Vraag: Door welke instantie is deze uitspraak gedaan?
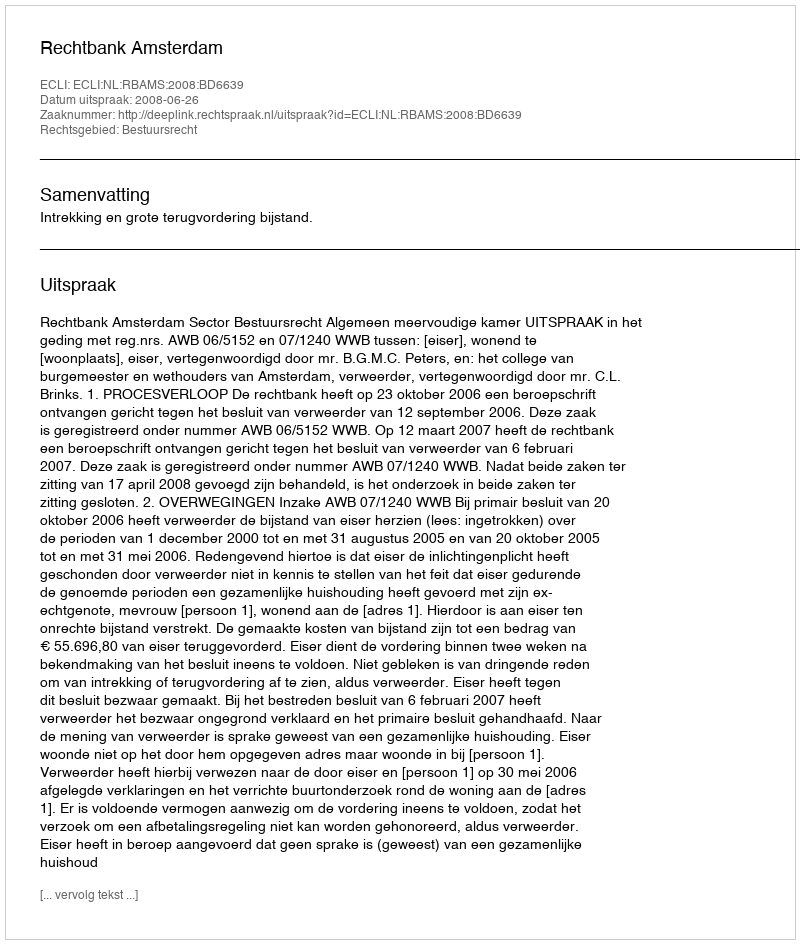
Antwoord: Rechtbank Amsterdam